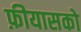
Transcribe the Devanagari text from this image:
फ़ीयासको